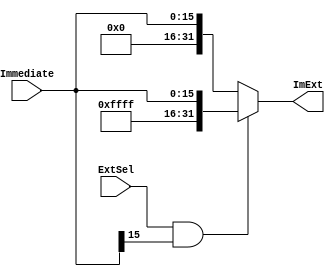
`timescale 1ns / 1ps
//////////////////////////////////////////////////////////////////////////////////
// Company: 
// Engineer: 
// 
// Design Name: 
// Module Name: Extend
// Project Name: 
// Target Devices: 
// Tool Versions: 
// Description: 
// 
// Dependencies: 
// 
// Revision:
// Revision 0.01 - File Created
// Additional Comments:
// 
//////////////////////////////////////////////////////////////////////////////////

// /
module Extend(
    input [15:0] Immediate,
    input ExtSel,
    output [31:0] ImExt
    );
    assign ImExt = (ExtSel == 1 && Immediate[15] == 1) ? 
                   {16'hFFFF, Immediate} : {16'h0000, Immediate};
endmodule